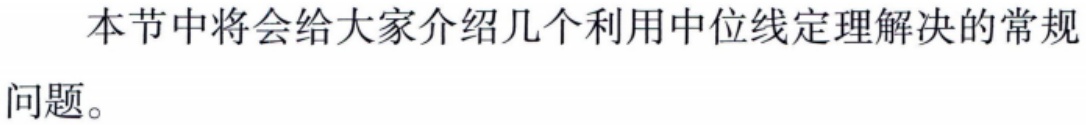
本节中将会给大家介绍几个利用中位线定理解决的常规问题。